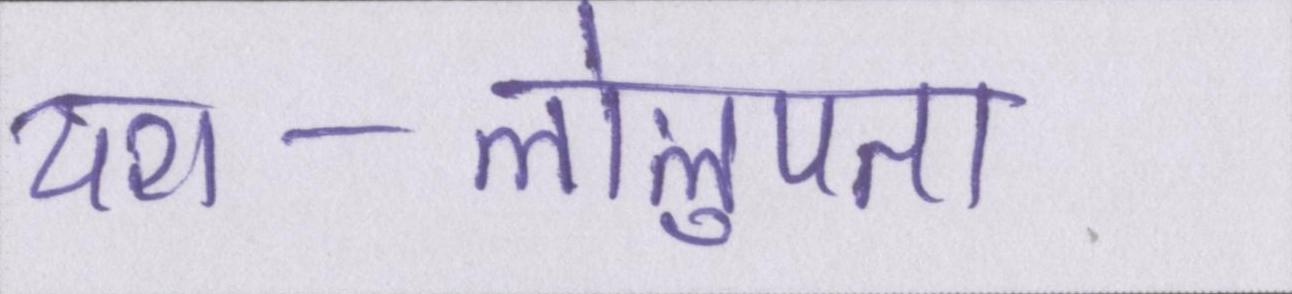
यश-लोलुपता